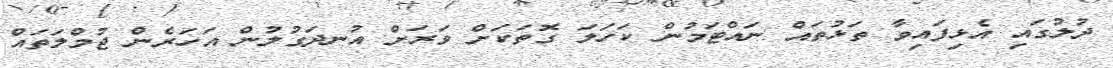
ދުލުގައި އެޅިފައިވާ ތަޅުތައް ނައްޓަމުން ކަހަލަ ގޮތަކަށް ވަރަށް އުނދަގުލުން އަހަރެން ޖުމްލަތައް